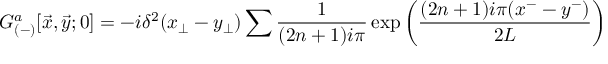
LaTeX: { \cal G } _ { ( - ) } ^ { a } [ { \vec { x } } , { \vec { y } } ; 0 ] = - i \delta ^ { 2 } ( x _ { \perp } - y _ { \perp } ) \sum \frac { 1 } { ( 2 n + 1 ) i \pi } \exp \left( \frac { ( 2 n + 1 ) i \pi ( x ^ { - } - y ^ { - } ) } { 2 L } \right)